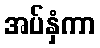
အပ်နှံကာ